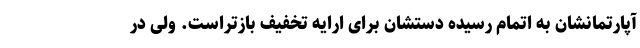
آپارتمانشان به اتمام رسیده دستشان برای ارایه تخفیف بازتراست. ولی در